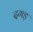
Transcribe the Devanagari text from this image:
दगड़